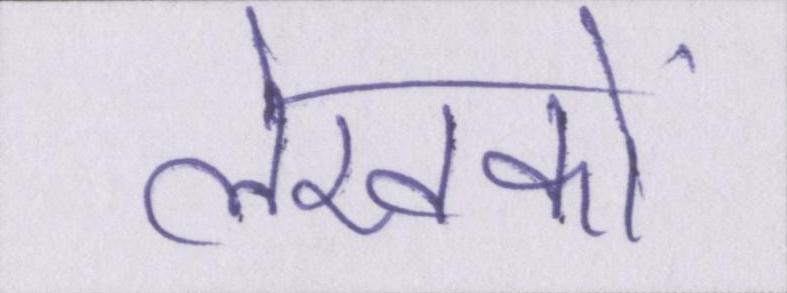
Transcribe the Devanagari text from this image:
लेखकों